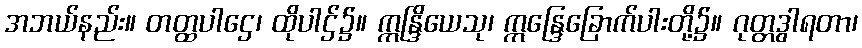
အဘယ်နည်း။ တတ္ထပါဌေ၊ ထိုပါဌ်၌။ ဣန္ဒြိယေသု၊ ဣန္ဒြေခြောက်ပါးတို့၌။ ဂုတ္တဒွါရတာ၊